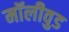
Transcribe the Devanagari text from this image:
मॉलीवुड